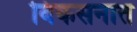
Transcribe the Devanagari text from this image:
विकसनात